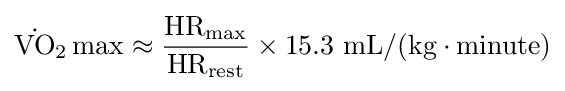
{{\dot {\mathrm {VO} }}{\vphantom {A}}_{\smash[{t}]{2}}}\max \approx {\frac {{\text{HR}}_{\max }}{{\text{HR}}_{\text{rest}}}}\times 15.3{\text{ mL}}/({\text{kg}}\cdot {\text{minute}})